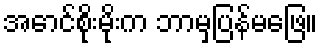
အောင်စိုးမိုးက ဘာမှပြန်မဖြေ။